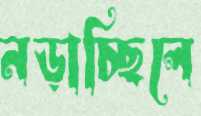
নড়াচ্ছিলে